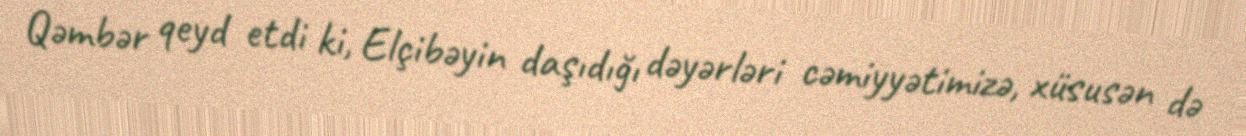
Qəmbər qeyd etdi ki, Elçibəyin daşıdığı dəyərləri cəmiyyətimizə, xüsusən də